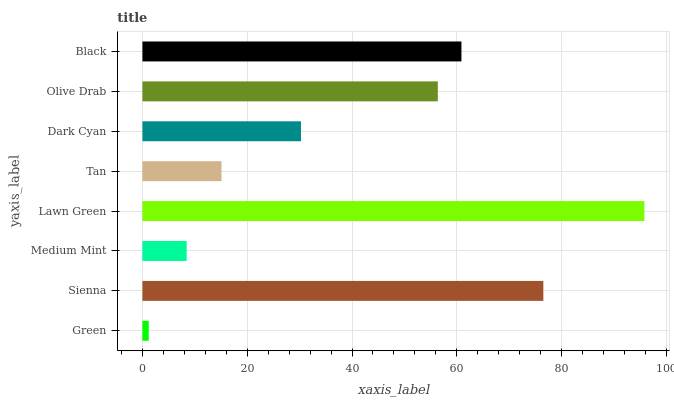
| yaxis_label | bars |
 | --- | --- |
 | Green | 1.21 |
 | Sienna | 76.5 |
 | Medium Mint | 8.45 |
 | Lawn Green | 95.8 |
 | Tan | 15.1 |
 | Dark Cyan | 30.3 |
 | Olive Drab | 56.4 |
 | Black | 60.9 |